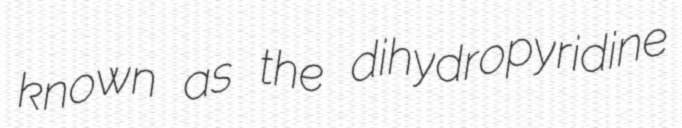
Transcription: known as the dihydropyridine